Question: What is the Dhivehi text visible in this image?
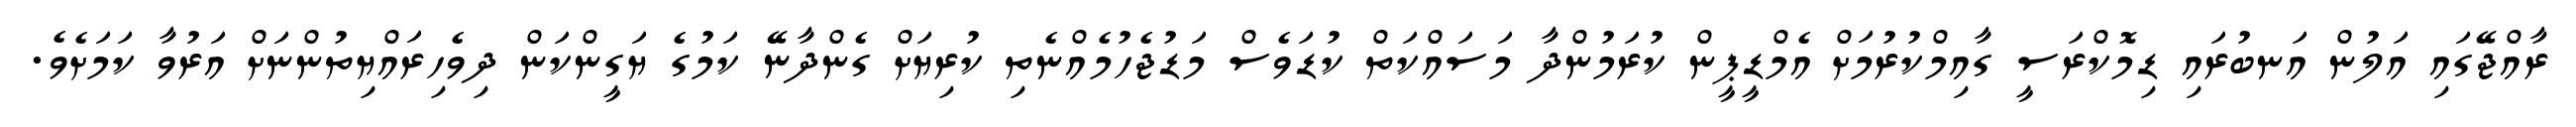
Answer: ރާއްޖޭގައި އަލުން އަނބުރައި ޑިމޮކްރަސީ ގާއިމްކުރުމަށް އެމްޑީޕީން ކުރަމުންދާ މަސައްކަތް ކުޑަވެސް މަޑުޖެހުމެއްނެތި ކުރިޔަށް ގެންދާނޭ ކަމުގެ ޔަގީންކަން ދިވެހިރައްޔިތުންނަށް އަރުވާ ކަމަށެވެ.